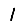
Digit: 1